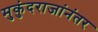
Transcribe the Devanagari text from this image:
मुकुंदराजांनंतर